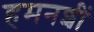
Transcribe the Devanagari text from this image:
हमनशीं